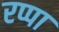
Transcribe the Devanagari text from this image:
रप्पा